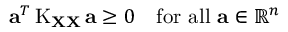
\mathbf { a } ^ { T } \operatorname { K } _ { \mathbf { X } \mathbf { X } } \mathbf { a } \geq 0 \quad { \mathrm { f o r ~ a l l ~ } } \mathbf { a } \in \mathbb { R } ^ { n }